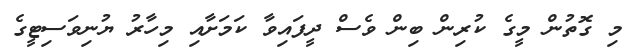
މި ގޮތުން މީގެ ކުރިން ބިން ވެސް ދީފައިވާ ކަމަށާއި މިހާރު ޔުނިވަސިޓީގެ